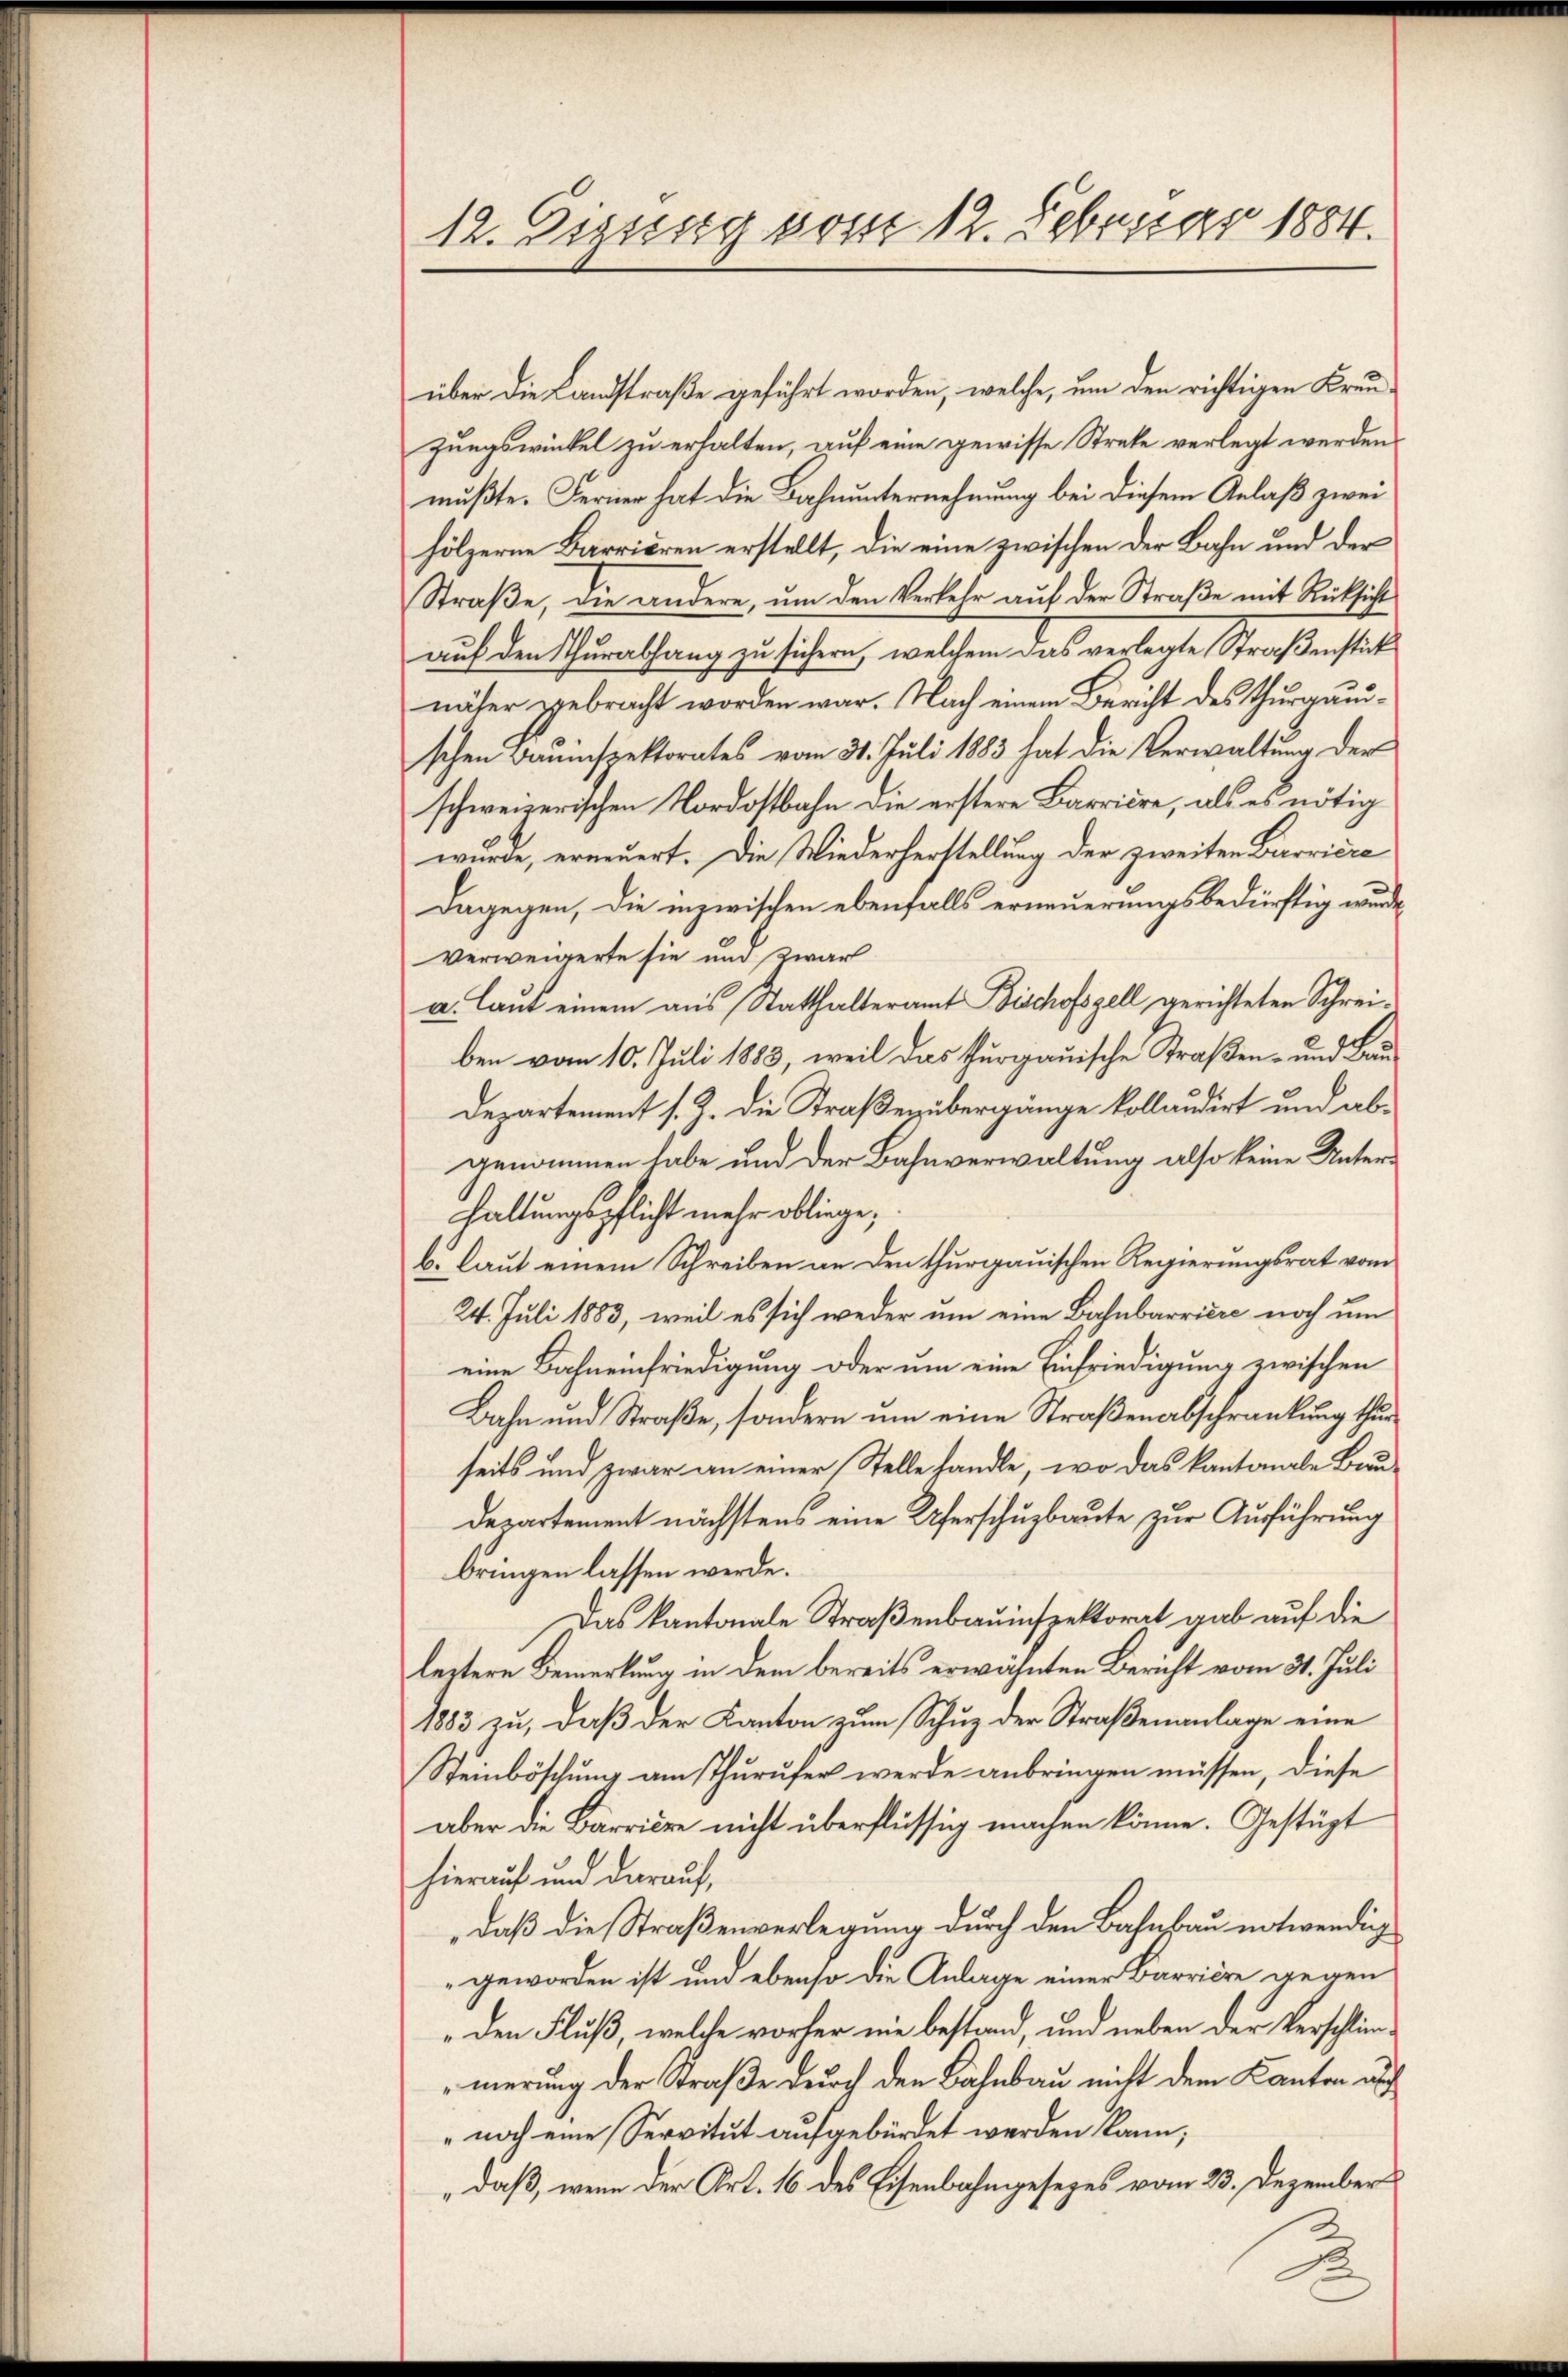
12. Diesssig vom 12. Februar 1884.

über die Landstraße geführt worden, welche, um den richtigen Kreuzungswinkel zu erhalten, auf eine gewisse Streke verlegt werden.
mußte. Ferner hat die Bahnunternehmung bei diesem Anlaß zwei
hölzerne Barrieren erstellt, die eine zwischen der Bahn und der
Straße, die andere, um den Verkehr auf der Straße mit Rücksicht
auf den Thurabhang zu sichern, welchem das verlegte Straßenstück
näher gebracht worden war. Nach einem Bericht des Thurgauschen Bauinspektorates vom 31. Juli 1883 hat die Verwaltung der
schweizerischen Nordostbahn die erstere Barriere, als es nötig
wurde, erneuert. Die Wiederherstellung der zweiten Barriere
Dagegen, die inzwischen ebenfalls erneuerungsbedürftig wurde
verweigerte sie und zwar
a. laut einem aus Statthalteramt Bischofszell gerichteten Schreiben vom 10. Juli 1883, weil das Thurgauische Straßen- und Bau¬
Departement s. Z. die Straßenübergänge kollaudirt und abgenommen habe und der Bahnverwaltung also keine Unterhaltungspflicht mehr obliege;
b. laut einem Schreiben an den thurgauischen Regierungsrat vom
24. Juli 1883, weil es sich weder um eine Bahnbarriere noch um
eine Bahneinfriedigung oder um eine Einfriedigung zwischen
Bahn und Straße, sondern um eine Straßenabschränkung thurseits und zwar an einer Stelle handle, wo das kantonale Bau¬
Departement nächstens eine Uferschuzbaute zur Ausführung
bringen lassen werde.
Das kantonale Straßenbauinspektorat gab auf die
leitere Bemerkung in dem bereits erwähnten Bericht vom 31. Juli
1883 zu, daß der Kanton zum Schuz der Straßenanlage eine
Steinböschung am Thurufer werde anbringen müssen, diese
aber die Barriere nicht überflüssig machen könne. Gestüzt
hierauf und darauf,
„daß die Straßenverlegung durch den Bahnbau notwendig
geworden ist und ebenso die Anlage einer Barriere gegen
„den Fluß, welche vorher nie bestand, und neben der Verschlimmerung der Straße durch den Bahnbau nicht dem Kanton auf
noch eine Servitut aufgebürdet werden kann,
„daß, wenn der Art. 16 des Eisenbahngesezes vom 23. Dezember

1